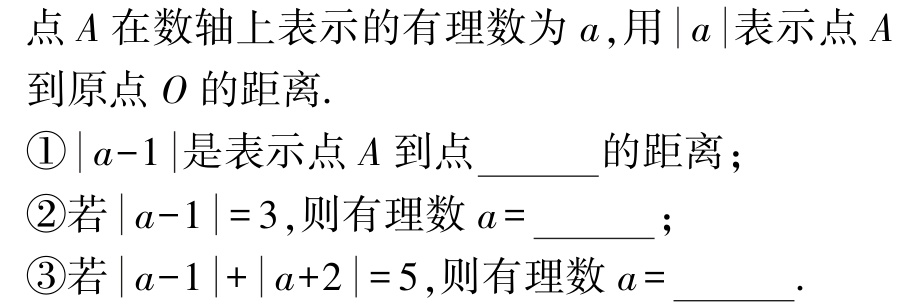
\textcircled{1}$1$；\textcircled{2}$4$或$-2$；\textcircled{3}$2$或$-3$